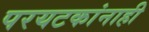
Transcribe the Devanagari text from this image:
परयटकांनाही